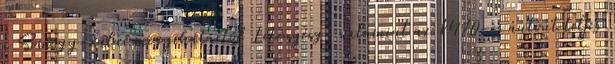
a Somogy-zalai megyehatártól Letenyéig, valamint az M70-es autóút teljes